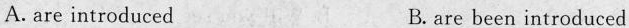
A.are introduced B. are been introduced